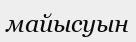
майысуын